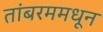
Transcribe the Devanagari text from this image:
तांबरममधून